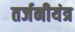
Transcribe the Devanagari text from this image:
तर्जनीयंत्र